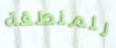
للمنطقة